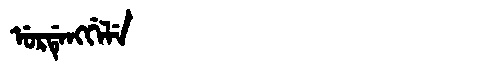
Manchu: ᡠᡵᡩᡝᠩᡤᡝᠯᡝ
Romanization: URDENGGELE